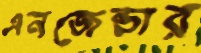
এনজেন্ডার